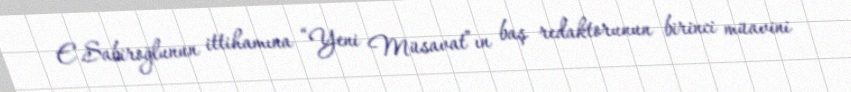
E.Sabiroğlunun ittihamına “Yeni Müsavat”ın baş redaktorunun birinci müavini